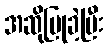
အဆိုပြုခဲ့ပြီး